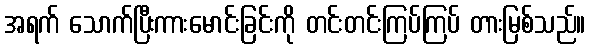
အရက် သောက်ပြီးကားမောင်းခြင်းကို တင်းတင်းကြပ်ကြပ် တားမြစ်သည်။